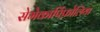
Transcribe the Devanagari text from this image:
सेमेकार्पिफ़ोलिया